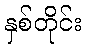
နှစ်တိုင်း